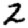
Digit: 2